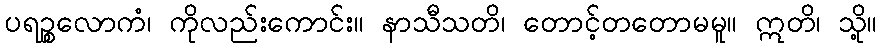
ပရဉ္စလောကံ၊ ကိုလည်းကောင်း။ နာသီသတိ၊ တောင့်တတောမမူ။ ဣတိ၊ သို့။